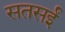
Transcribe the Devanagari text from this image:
सतसईं